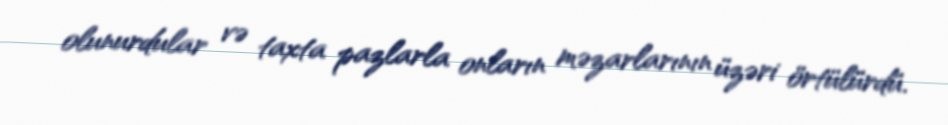
olunurdular və taxta pazlarla onların məzarlarının üzəri örtülürdü.